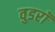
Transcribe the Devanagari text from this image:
वुडरॉ